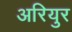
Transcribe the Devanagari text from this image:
अरियुर